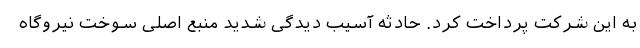
به این شرکت پرداخت کرد. حادثه آسیب دیدگی شدید منبع اصلی سوخت نیروگاه